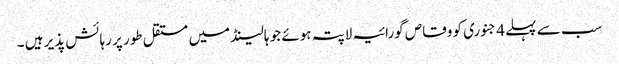
سب سے پہلے 4 جنوری کو وقاص گورائیہ لاپتہ ہوئے جو ہالینڈ میں مستقل طور پر رہائش پذیر ہیں ۔